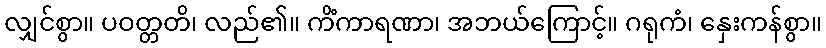
လျှင်စွာ။ ပဝတ္တတိ၊ လည်၏။ ကိံကာရဏာ၊ အဘယ်ကြောင့်။ ဂရုကံ၊ နှေးကန်စွာ။